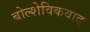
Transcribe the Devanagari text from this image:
बोल्शेविकवाद